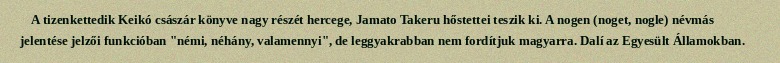
A tizenkettedik Keikó császár könyve nagy részét hercege, Jamato Takeru hőstettei teszik ki. A nogen (noget, nogle) névmás jelentése jelzői funkcióban "némi, néhány, valamennyi", de leggyakrabban nem fordítjuk magyarra. Dalí az Egyesült Államokban.